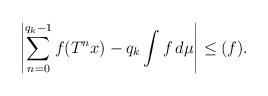
LaTeX: \begin{align*}\left| \sum_{n=0}^{q_k -1} f(T^n x) - q_k \int f \, d\mu \right | \leq (f). \end{align*}